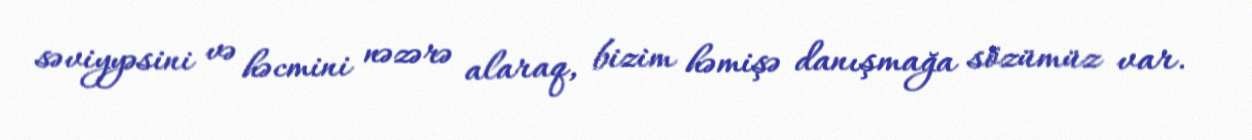
səviyyəsini və həcmini nəzərə alaraq, bizim həmişə danışmağa sözümüz var.